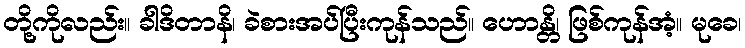
တို့ကိုလည်း။ ခါဒိတာနိ၊ ခဲစားအပ်ပြီးကုန်သည်။ ဟောန္တိ၊ ဖြစ်ကုန်အံ့။ မုခေ၊